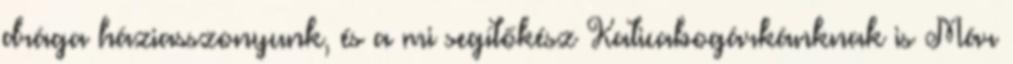
drága háziasszonyunk, és a mi segítőkész Katicabogárkánknak is Már